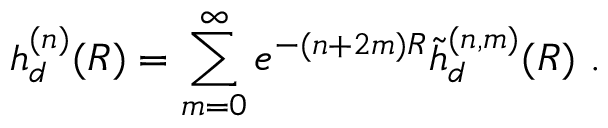
h _ { d } ^ { ( n ) } ( R ) = \sum _ { m = 0 } ^ { \infty } e ^ { - ( n + 2 m ) R } \tilde { h } _ { d } ^ { ( n , m ) } ( R ) \ .